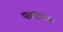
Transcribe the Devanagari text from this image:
पाश्चात्यांचा